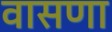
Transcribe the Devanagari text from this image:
वासणा